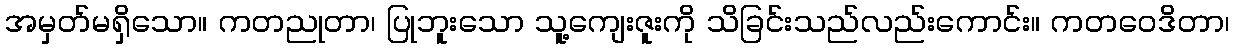
အမှတ်မရှိသော။ ကတညုတာ၊ ပြုဘူးသော သူ့ကျေးဇူးကို သိခြင်းသည်လည်းကောင်း။ ကတဝေဒိတာ၊